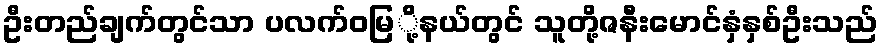
ဦးတည်ချက်တွင်သာ ပလက်ဝမြ်ို့နယ်တွင် သူတို့ဇနီးမောင်နှံနှစ်ဦးသည်